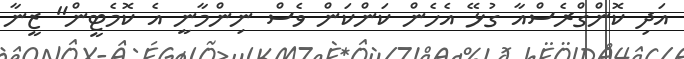
އަދި ކޮންގްރެސްއާ ގުޅޭ އެހެން ކަންކަން ވެސް ނިންމާނީ އެ ކޮމެޓީން" ޒީނާ